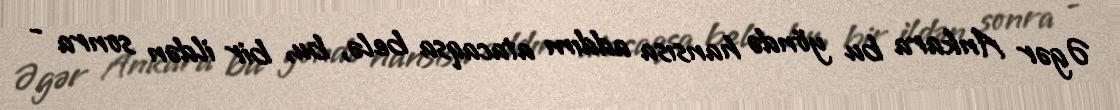
Əgər Ankara bu yöndə hansısa addım atacaqsa belə, bu, bir ildən sonra -